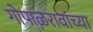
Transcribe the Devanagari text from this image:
गोपाळरावांच्या